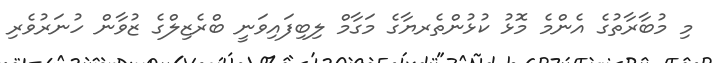
މި މުބާރާތުގެ އެންމެ މޮޅު ކުޅުންތެރޔާގެ މަގާމް ލިބިފައިވަނީ ބްރެޒިލްގެ ޒުވާން ހުނަރުވެރި